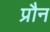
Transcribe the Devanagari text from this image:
प्रौन